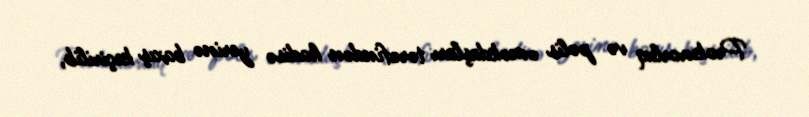
Prokurorluq və polis əməkdaşları tərəfindən hadisə yerinə baxış keçirilib,